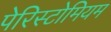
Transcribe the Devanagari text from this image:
पेरिस्टोमियम